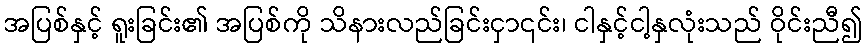
အပြစ်နှင့် ရူးခြင်း၏ အပြစ်ကို သိနားလည်ခြင်းငှာ၎င်း၊ ငါနှင့်ငါ့နှလုံးသည် ဝိုင်းညီ၍